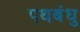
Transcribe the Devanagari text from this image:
पथबंधु